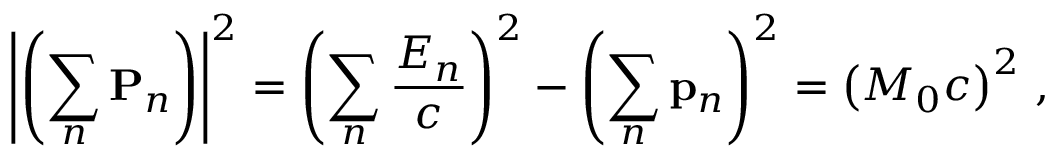
\left| \left( \sum _ { n } \mathbf { P } _ { n } \right) \right| ^ { 2 } = \left( \sum _ { n } { \frac { E _ { n } } { c } } \right) ^ { 2 } - \left( \sum _ { n } \mathbf { p } _ { n } \right) ^ { 2 } = \left( M _ { 0 } c \right) ^ { 2 } \, ,